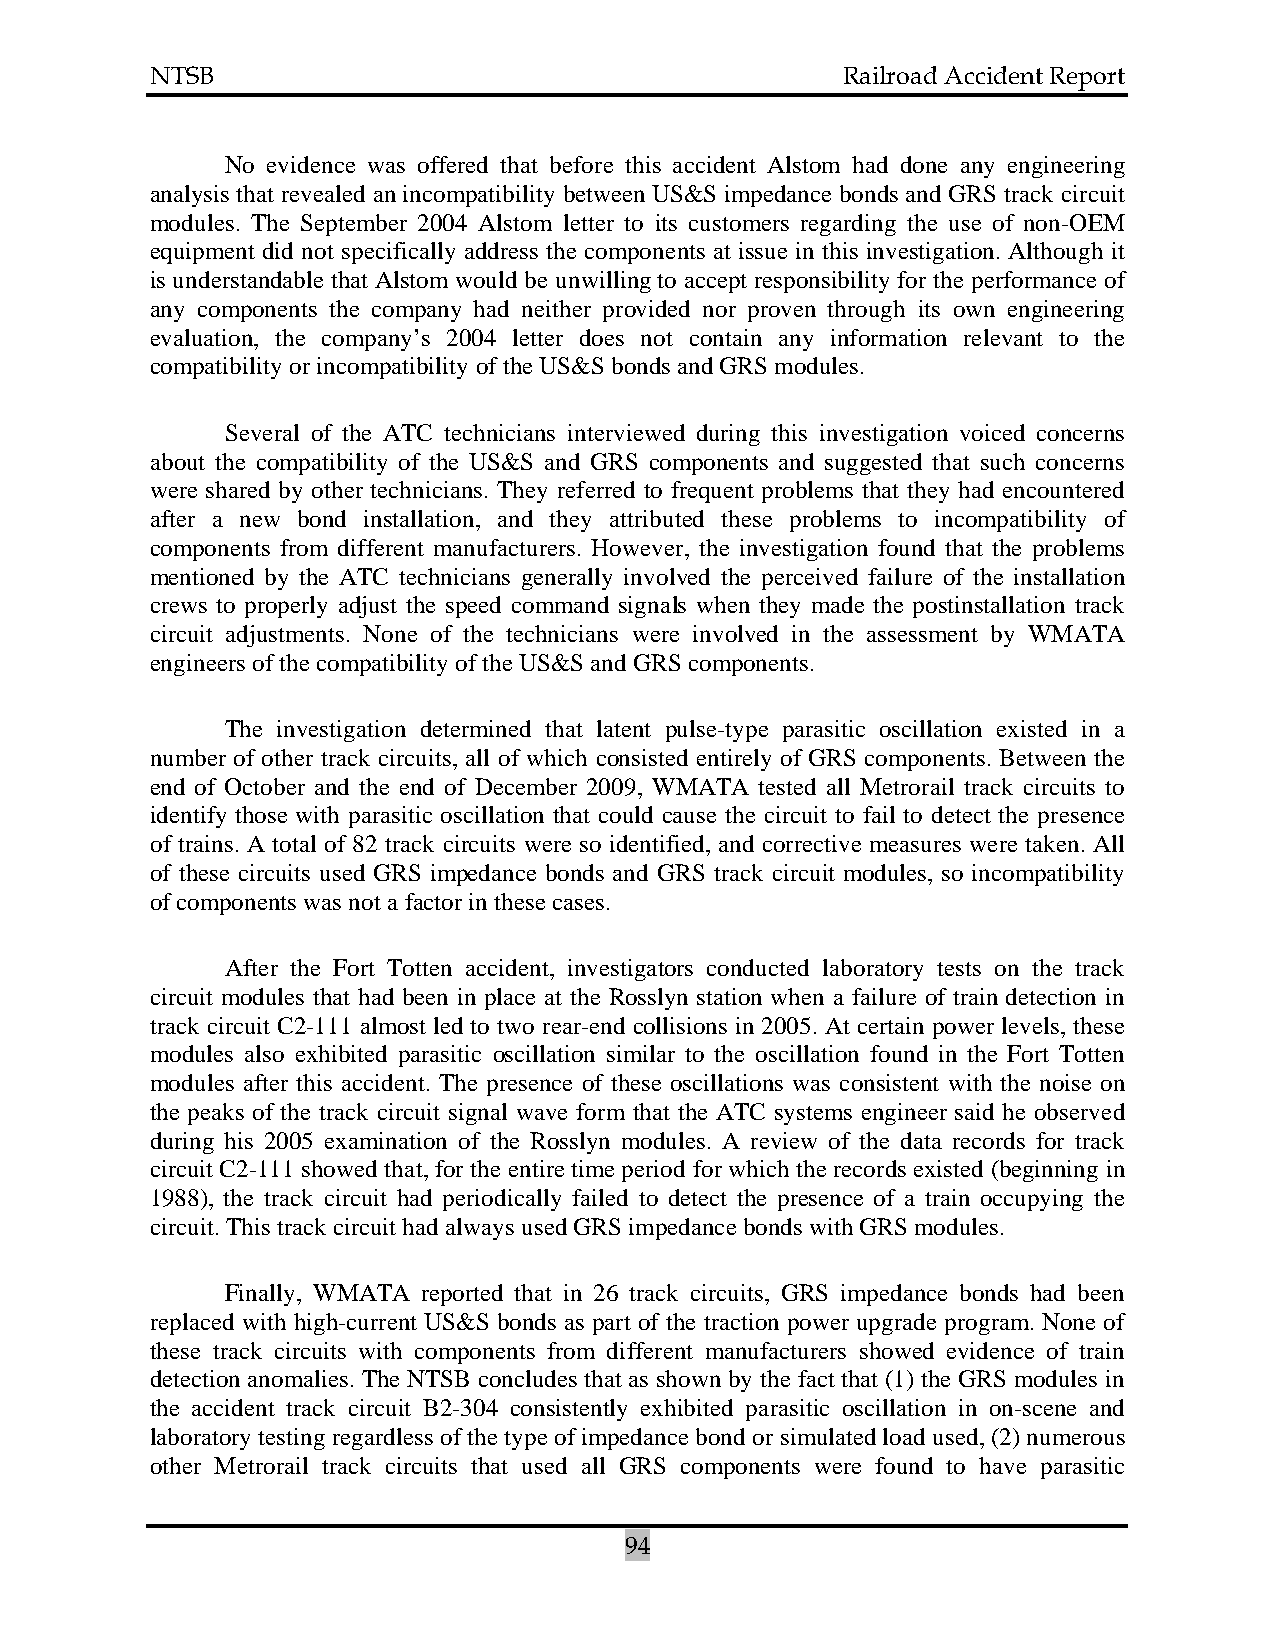
NTSB                                          Railroad Accident Report
 No evidence was offered that before this accident Alstom had done any engineering
 analysis that revealed an incompatibility between US&S impedance bonds and GRS track circuit
 modules. The September 2004 Alstom letter to its customers regarding the use of non-OEM
 equipment did not specifically address the components at issue in this investigation. Although it
 is understandable that Alstom would be unwilling to accept responsibility for the performance of
 any components the company had neither provided nor proven through its own engineering
 evaluation, the company’s 2004 letter does not contain any information relevant to the
 compatibility or incompatibility of the US&S bonds and GRS modules.
 Several of the ATC technicians interviewed during this investigation voiced concerns
 about the compatibility of the US&S and GRS components and suggested that such concerns
 were shared by other technicians. They referred to frequent problems that they had encountered
 after a new bond installation, and they attributed these problems to incompatibility of
 components from different manufacturers. However, the investigation found that the problems
 mentioned by the ATC technicians generally involved the perceived failure of the installation
 crews to properly adjust the speed command signals when they made the postinstallation track
 circuit adjustments. None of the technicians were involved in the assessment by WMATA
 engineers of the compatibility of the US&S and GRS components.
 The investigation determined that latent pulse-type parasitic oscillation existed in a
 number of other track circuits, all of which consisted entirely of GRS components. Between the
 end of October and the end of December 2009, WMATA tested all Metrorail track circuits to
 identify those with parasitic oscillation that could cause the circuit to fail to detect the presence
 of trains. A total of 82 track circuits were so identified, and corrective measures were taken. All
 of these circuits used GRS impedance bonds and GRS track circuit modules, so incompatibility
 of components was not a factor in these cases.
 After the Fort Totten accident, investigators conducted laboratory tests on the track
 circuit modules that had been in place at the Rosslyn station when a failure of train detection in
 track circuit C2-111 almost led to two rear-end collisions in 2005. At certain power levels, these
 modules also exhibited parasitic oscillation similar to the oscillation found in the Fort Totten
 modules after this accident. The presence of these oscillations was consistent with the noise on
 the peaks of the track circuit signal wave form that the ATC systems engineer said he observed
 during his 2005 examination of the Rosslyn modules. A review of the data records for track
 circuit C2-111 showed that, for the entire time period for which the records existed (beginning in
 1988), the track circuit had periodically failed to detect the presence of a train occupying the
 circuit. This track circuit had always used GRS impedance bonds with GRS modules.
 Finally, WMATA reported that in 26 track circuits, GRS impedance bonds had been
 replaced with high-current US&S bonds as part of the traction power upgrade program. None of
 these track circuits with components from different manufacturers showed evidence of train
 detection anomalies. The NTSB concludes that as shown by the fact that (1) the GRS modules in
 the accident track circuit B2-304 consistently exhibited parasitic oscillation in on-scene and
 laboratory testing regardless of the type of impedance bond or simulated load used, (2) numerous
 other Metrorail track circuits that used all GRS components were found to have parasitic
 94